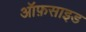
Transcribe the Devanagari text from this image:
ऑफ़साइड